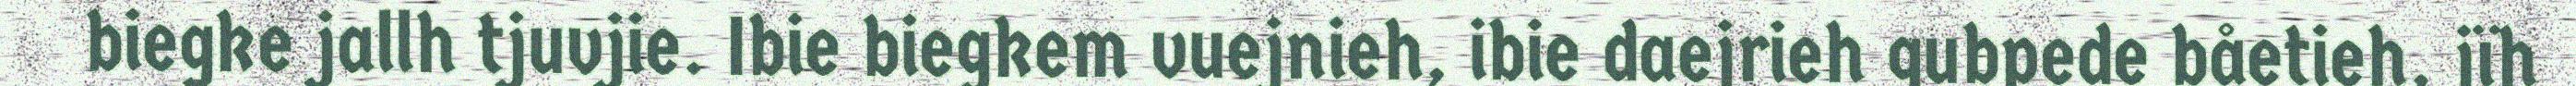
biegke jallh tjuvjie. Ibie biegkem vuejnieh, ibie daejrieh gubpede båetieh, jïh